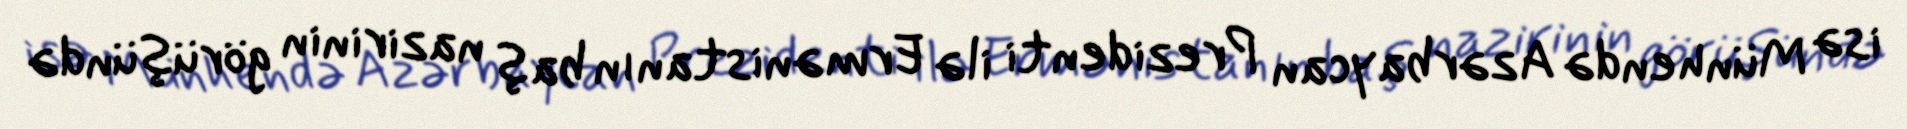
isə Münhendə Azərbaycan Prezidenti ilə Ermənistanın baş nazirinin görüşündə